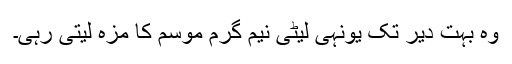
وہ بہت دیر تک یونہی لیٹی نیم گرم موسم کا مزہ لیتی رہی۔